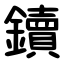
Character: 鑟